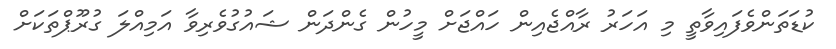
ކުޑަތަންވެފައިވާތީ މި އަހަރު ރާއްޖެއިން ހައްޖަށް މީހުން ގެންދަން ޝައުގުވެރިވާ އަމިއްލަ ގުރޫޕްތަކަށް